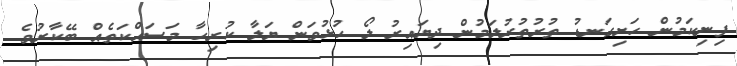
ފިނިކަމުން ހަށިގަނޑު ތުރުތުރުލަމުން ދިޔައިރު ލޯ ހުޅުވަން ޔަލާ ކުރިހާ މަސައްކަތެއް ބޭކާރުވެ